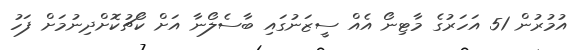
އުމުރުން 51 އަހަރުގެ މާޓިނޯ އެއް ސީޒަނުގައި ބާސެލޯނާ އަށް ކޯޗުކޮށްދިނުމަށް ފަހު